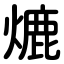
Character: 熝